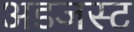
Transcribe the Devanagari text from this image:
अडजस्ट